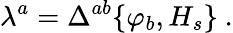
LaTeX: \lambda^{a}=\Delta^{ab}\{ \varphi_{b},H_{s}\} \ .